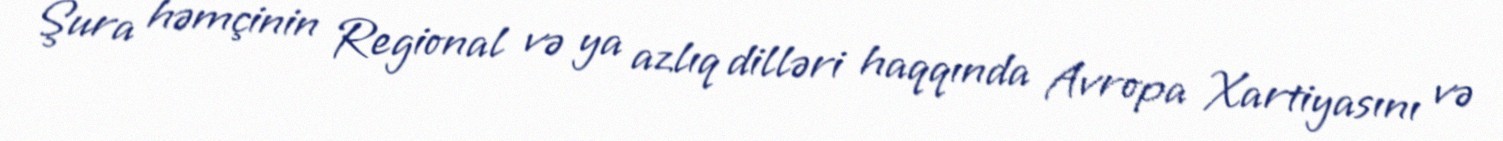
Şura həmçinin Regional və ya azlıq dilləri haqqında Avropa Xartiyasını və